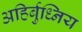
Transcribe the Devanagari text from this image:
अहिर्बुध्निय